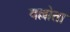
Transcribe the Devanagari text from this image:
वल्लोता